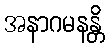
အနာဂမနန္တိ